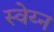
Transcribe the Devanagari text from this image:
स्वेय्न